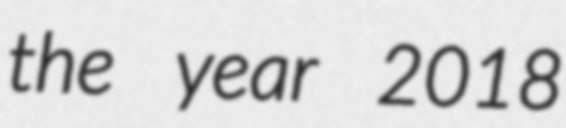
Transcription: the year 2018